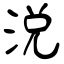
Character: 涚